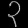
Digit: ၃